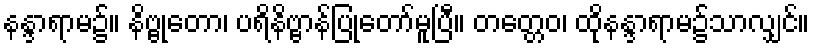
နန္ဒာရာမ၌။ နိဗ္ဗုတော၊ ပရိနိဗ္ဗာန်ပြုတော်မူပြီ။ တတ္တေဝ၊ ထိုနန္ဒာရာမ၌သာလျှင်။